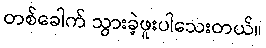
တစ်ခေါက် သွားခဲ့ဖူးပါသေးတယ်။